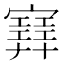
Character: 𡫳